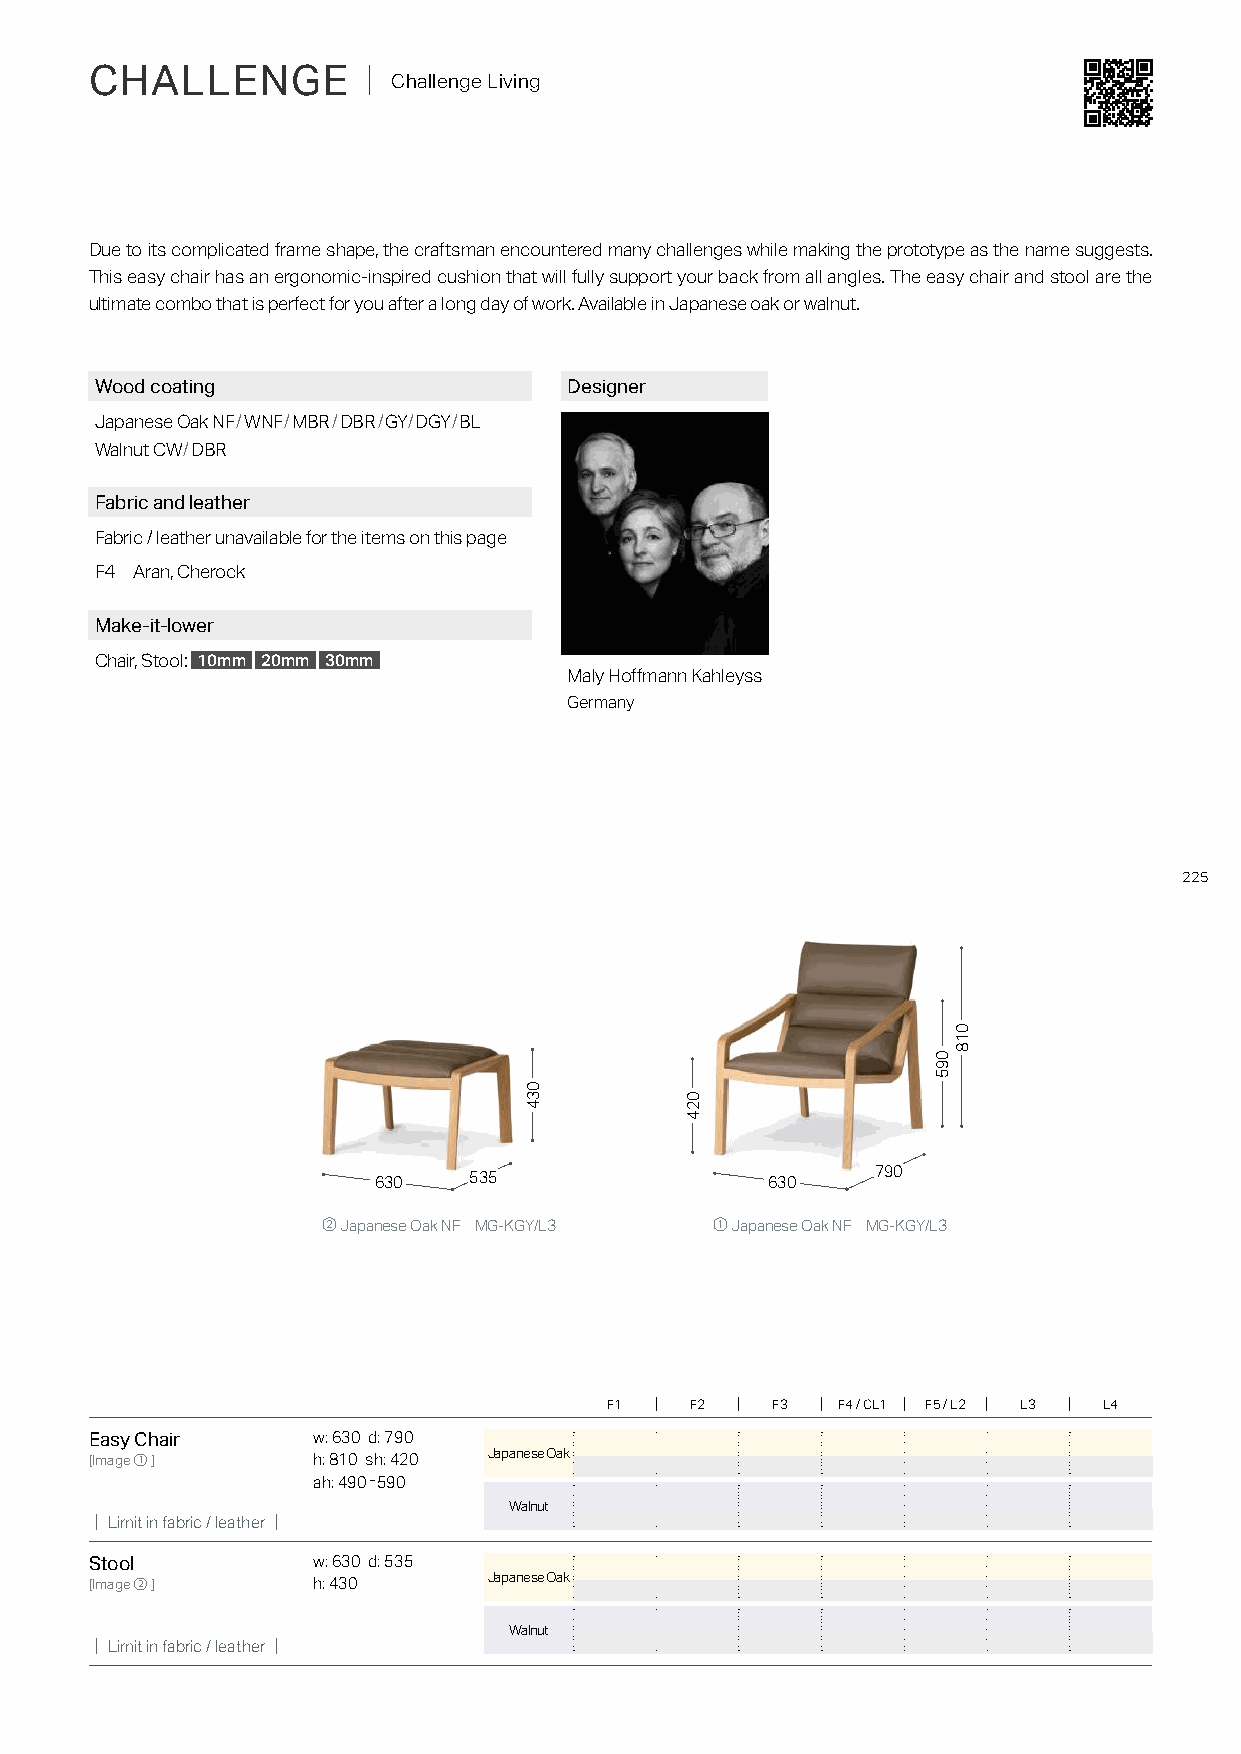
CHALLENGE         ｜ Challenge Living
 Due to its complicated frame shape, the craftsman encountered many challenges while making the prototype as the name suggests.
 This easy chair has an ergonomic-inspired cushion that will fully support your back from all angles. The easy chair and stool are the
 ultimate combo that is perfect for you after a long day of work. Available in Japanese oak or walnut.
 Wood coating                    Designer
 Japanese Oak NF/WNF/MBR/DBR/GY/DGY/BL
 Walnut CW/DBR
 Fabric and leather
 Fabric / leather unavailable for the items on this page
 F4 Aran, Cherock
 Make-it-lower
 Chair, Stool: 10mm 20mm 30mm
 Maly Hoffmann Kahleyss
 Germany
 225
 630   535                 630    790
 ② Japanese Oak NF MG-KGY/L3 ① Japanese Oak NF MG-KGY/L3
 F1    F2   F3  F4 / CL1 F5 / L2 L3 L4
 Easy Chair     w: 630 d: 790
 Japanese Oak
 [Image①]       h: 810 sh: 420
 ah: 490-590
 Walnut
 ｜Limit in fabric / leather｜
 Stool          w: 630 d: 535
 Japanese Oak
 [Image②]       h: 430
 Walnut
 ｜Limit in fabric / leather｜
 034
 024
 095
 018